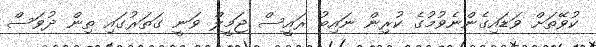
ކުވޭތަށް ވަޑައިގެންނެވުމުގެ ކުރިން ނައިބު ރައީސް ޖަމީލް ވަނީ ގަތަރުގައި ތިން ދުވަސް